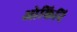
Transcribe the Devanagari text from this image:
ओकिनि